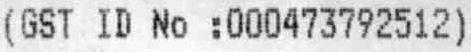
(GST ID NO :000473792512)